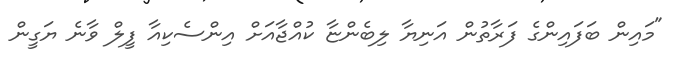
"މައިން ބަފައިންގެ ފަރާތުން އަނިޔާ ލިބެންޏާ ކުއްޖާއަށް އިންސެކިއާ ފީލް ވާނެ ޔަގީން